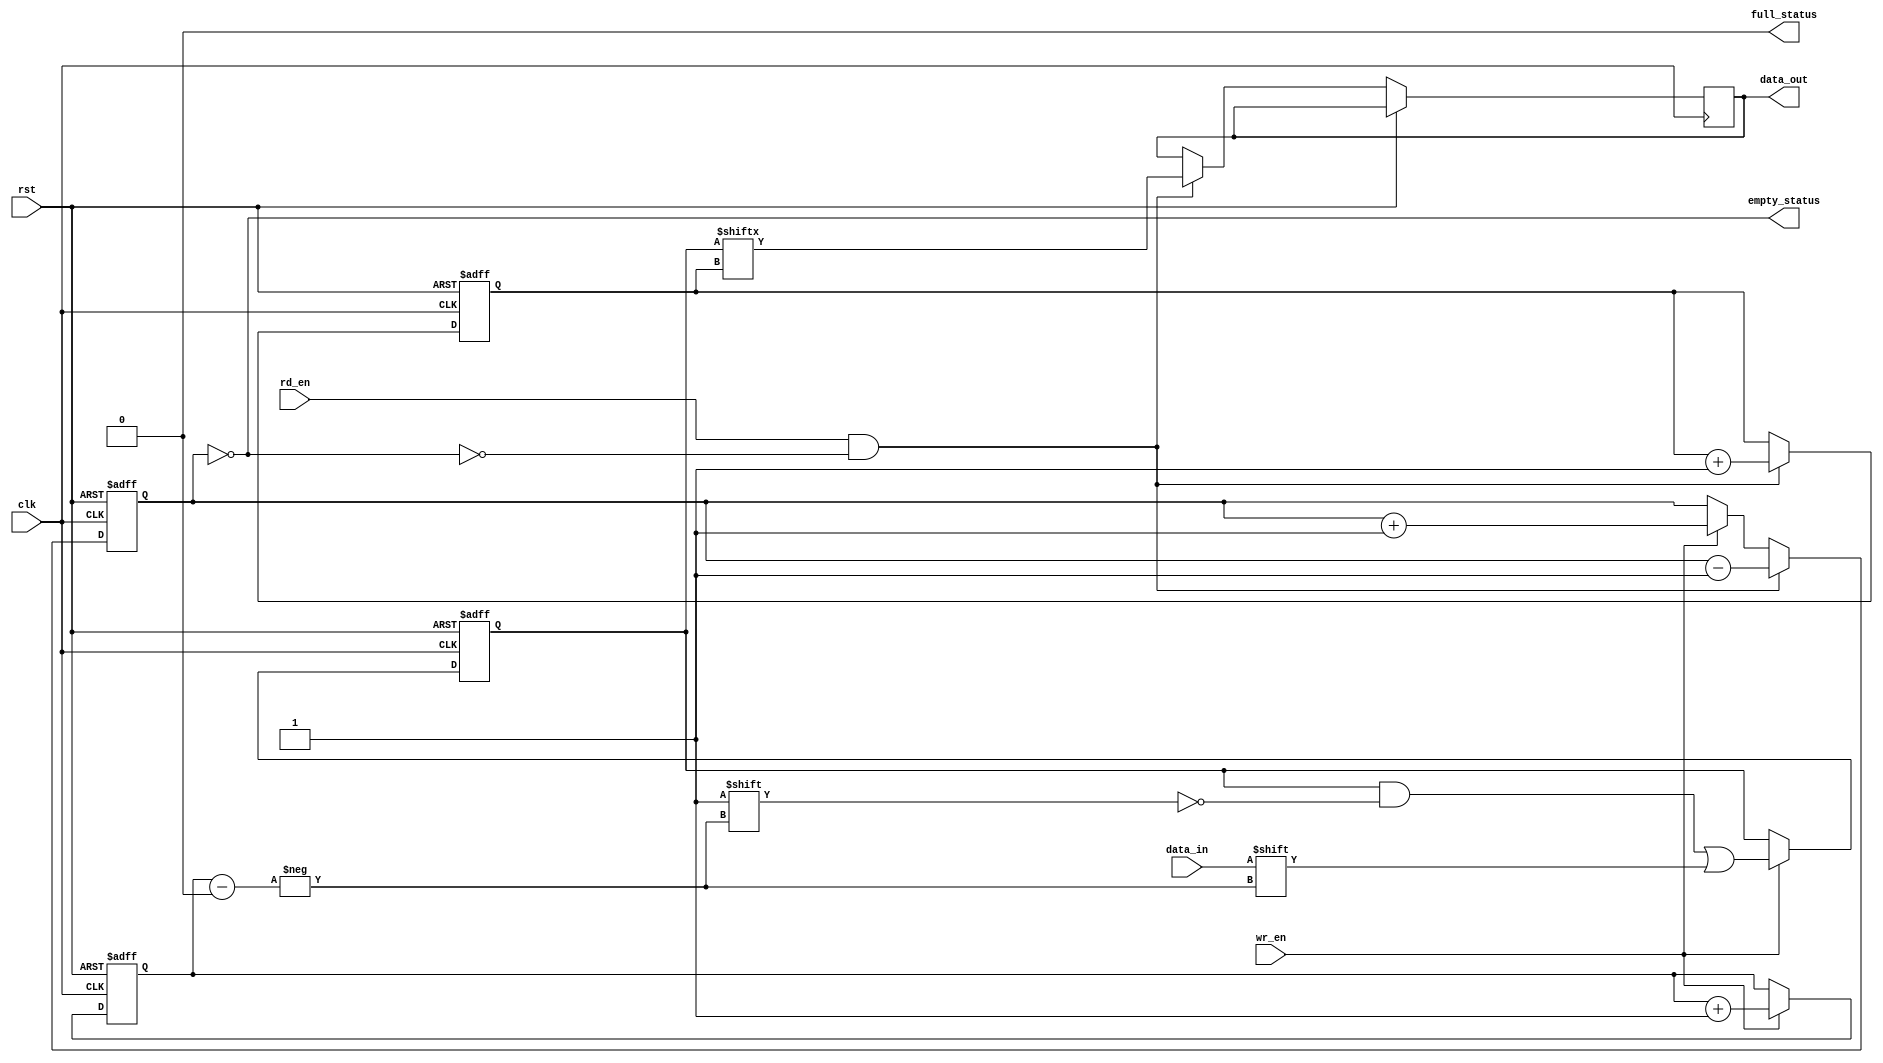
module bidirectional_fifo (
  input wire clk,
  input wire rst,
  input wire wr_en,
  input wire rd_en,
  input wire data_in,
  output wire data_out,
  output wire full_status,
  output wire empty_status
);

parameter FIFO_DEPTH = 16;
reg [FIFO_DEPTH-1:0] fifo_mem;
reg [FIFO_DEPTH-1:0] write_ptr;
reg [FIFO_DEPTH-1:0] read_ptr;
reg [1:0] fifo_count;

always @(posedge clk or posedge rst) begin
  if (rst) begin
    fifo_mem <= 0;
    write_ptr <= 0;
    read_ptr <= 0;
    fifo_count <= 0;
  end else begin
    if (wr_en && !full_status) begin
      fifo_mem[write_ptr] <= data_in;
      write_ptr <= write_ptr + 1;
      fifo_count <= fifo_count + 1;
    end

    if (rd_en && !empty_status) begin
      data_out <= fifo_mem[read_ptr];
      read_ptr <= read_ptr + 1;
      fifo_count <= fifo_count - 1;
    end
  end
end

assign full_status = (fifo_count == FIFO_DEPTH);
assign empty_status = (fifo_count == 0);

endmodule